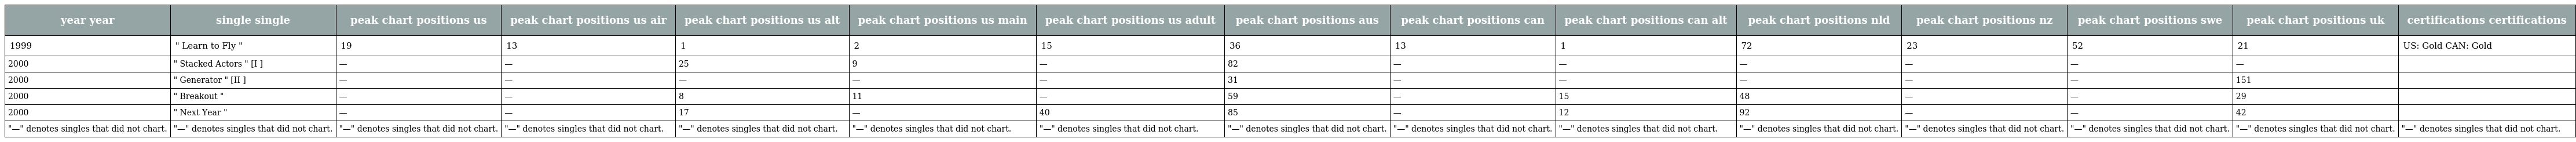
| year year | single single | peak chart positions us | peak chart positions us air | peak chart positions us alt | peak chart positions us main | peak chart positions us adult | peak chart positions aus | peak chart positions can | peak chart positions can alt | peak chart positions nld | peak chart positions nz | peak chart positions swe | peak chart positions uk | certifications certifications |
 | --- | --- | --- | --- | --- | --- | --- | --- | --- | --- | --- | --- | --- | --- | --- |
 | 1999 | " Learn to Fly " | 19 | 13 | 1 | 2 | 15 | 36 | 13 | 1 | 72 | 23 | 52 | 21 | US: Gold CAN: Gold |
 | 2000 | " Stacked Actors " [I ] | — | — | 25 | 9 | — | 82 | — | — | — | — | — | — |  |
 | 2000 | " Generator " [II ] | — | — | — | — | — | 31 | — | — | — | — | — | 151 |  |
 | 2000 | " Breakout " | — | — | 8 | 11 | — | 59 | — | 15 | 48 | — | — | 29 |  |
 | 2000 | " Next Year " | — | — | 17 | — | 40 | 85 | — | 12 | 92 | — | — | 42 |  |
 | "—" denotes singles that did not chart. | "—" denotes singles that did not chart. | "—" denotes singles that did not chart. | "—" denotes singles that did not chart. | "—" denotes singles that did not chart. | "—" denotes singles that did not chart. | "—" denotes singles that did not chart. | "—" denotes singles that did not chart. | "—" denotes singles that did not chart. | "—" denotes singles that did not chart. | "—" denotes singles that did not chart. | "—" denotes singles that did not chart. | "—" denotes singles that did not chart. | "—" denotes singles that did not chart. | "—" denotes singles that did not chart. |